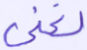
لغني